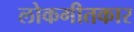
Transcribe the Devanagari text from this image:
लोकगीतकार